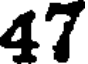
47